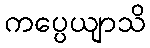
ကပ္ပေယျာသိ